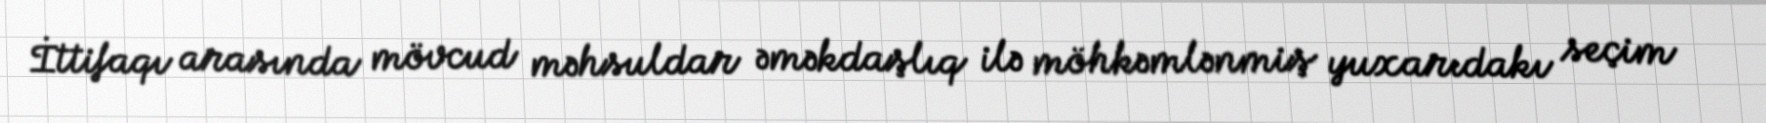
İttifaqı arasında mövcud məhsuldar əməkdaşlıq ilə möhkəmlənmiş yuxarıdakı seçim